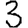
Digit: 3